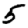
Digit: 5